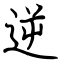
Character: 逆